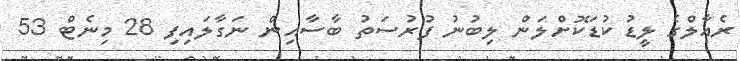
ރެއާލްގެ ލީޑު ކުޑަކޮށްލަން ލިބުނު ފުރުސަތު ބާސާއިން ނަގާލައިފި 28 މިނެޓް 53